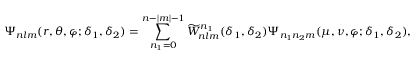
\Psi _ { n l m } ( r , \theta , \varphi ; \delta _ { 1 } , \delta _ { 2 } ) = \sum _ { n _ { 1 } = 0 } ^ { n - | m | - 1 } \widetilde W _ { n l m } ^ { n _ { 1 } } ( \delta _ { 1 } , \delta _ { 2 } ) \Psi _ { n _ { 1 } n _ { 2 } m } ( \mu , \nu , \varphi ; \delta _ { 1 } , \delta _ { 2 } ) ,